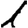
Digit: 1